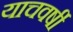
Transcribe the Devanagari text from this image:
याचवर्षी